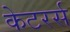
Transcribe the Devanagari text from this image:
केटरर्स